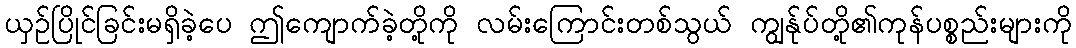
ယှဉ်ပြိုင်ခြင်းမရှိခဲ့ပေ ဤကျောက်ခဲ့တို့ကို လမ်းကြောင်းတစ်သွယ် ကျွန်ုပ်တို့၏ကုန်ပစ္စည်းများကို